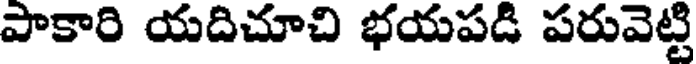
పాకారి యదిచూచి భయపడి పరువెట్టి